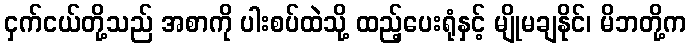
ငှက်ငယ်တို့သည် အစာကို ပါးစပ်ထဲသို့ ထည့်ပေးရုံနှင့် မျိုမချနိုင်၊ မိဘတို့က